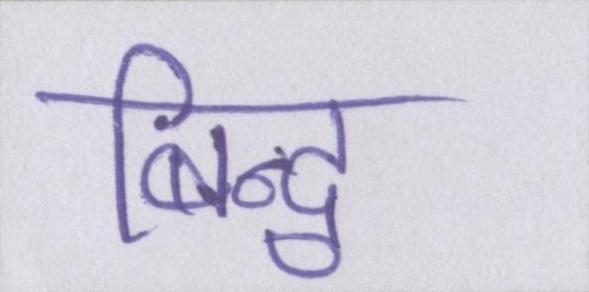
बिन्दु